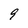
Character: 9